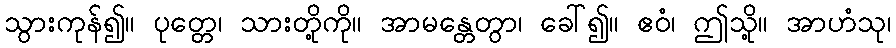
သွားကုန်၍။ ပုတ္တေ၊ သားတို့ကို။ အာမန္တေတွာ၊ ခေါ်၍။ ဧဝံ၊ ဤသို့။ အာဟံသု၊